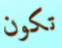
تكون